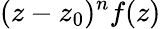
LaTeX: (z-z_{0})^{n}f(z)